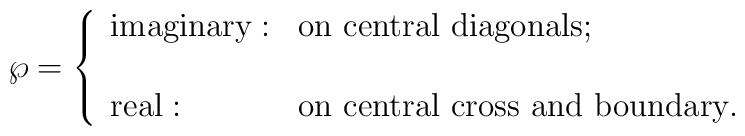
\wp=\left\{\begin{array}{ll}  \mbox{imaginary} : & \mbox{on central diagonals};  \\  \\  \mbox{real} : & \mbox{on central cross and boundary}.\end{array}\right.